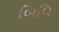
બિધિ